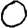
Digit: 0